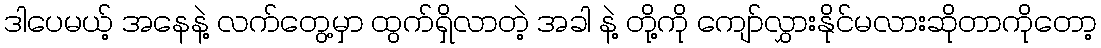
ဒါပေမယ့် အနေနဲ့ လက်တွေ့မှာ ထွက်ရှိလာတဲ့ အခါ နဲ့ တို့ကို ကျော်လွှားနိုင်မလားဆိုတာကိုတော့